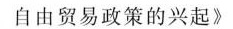
自由贸易政策的兴起》